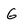
Character: G